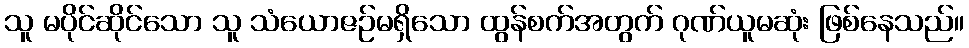
သူ မပိုင်ဆိုင်သော သူ သံယောဇဉ်မရှိသော ထွန်စက်အတွက် ဂုဏ်ယူမဆုံး ဖြစ်နေသည်။